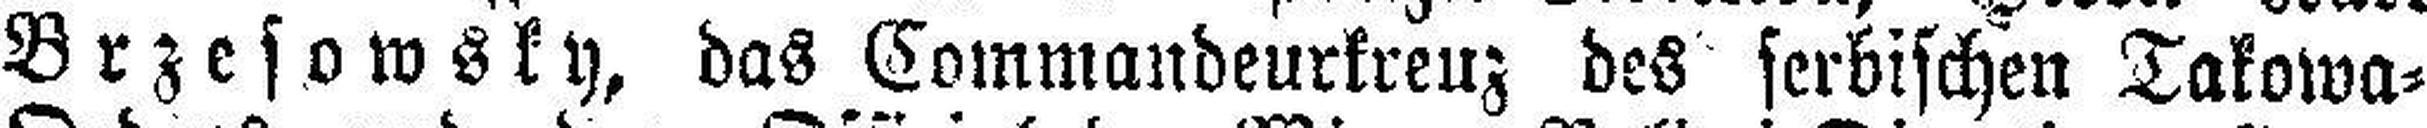
Brzesowsky, das Commandeurkreuz des serbischen Takowa=